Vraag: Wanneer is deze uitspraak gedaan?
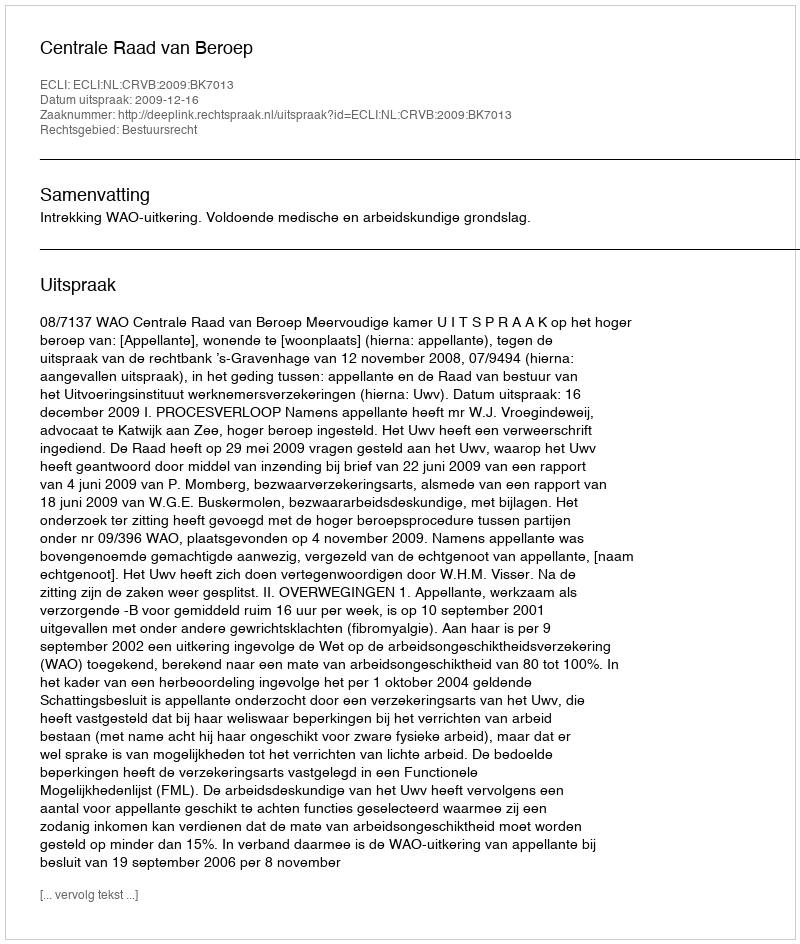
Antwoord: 2009-12-16